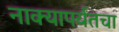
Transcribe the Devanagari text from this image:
नाक्‍यापर्यंतचा